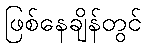
ဖြစ်နေချိန်တွင်